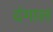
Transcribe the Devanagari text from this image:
दंगाल